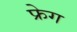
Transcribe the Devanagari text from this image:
फ्रेग